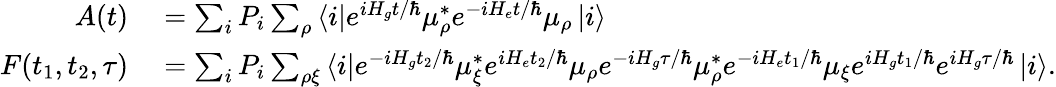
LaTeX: \begin{array}{rl}{A(t)}&{{}=\sum_{i}P_{i}\sum_{\rho}\left\langle i\right\rvert e^{iH_{g}t/\hbar}\mu_{\rho}^{*}e^{-iH_{e}t/\hbar}\mu_{\rho}\left\lvert i\right\rangle}\\ {F(t_{1},t_{2},\tau)}&{{}=\sum_{i}P_{i}\sum_{\rho\xi}\left\langle i\right\rvert e^{-iH_{g}t_{2}/\hbar}\mu_{\xi}^{*}e^{iH_{e}t_{2}/\hbar}\mu_{\rho}e^{-iH_{g}\tau/\hbar}\mu_{\rho}^{*}e^{-iH_{e}t_{1}/\hbar}\mu_{\xi}e^{iH_{g}t_{1}/\hbar}e^{iH_{g}\tau/\hbar}\left\lvert i\right\rangle.}\end{array}